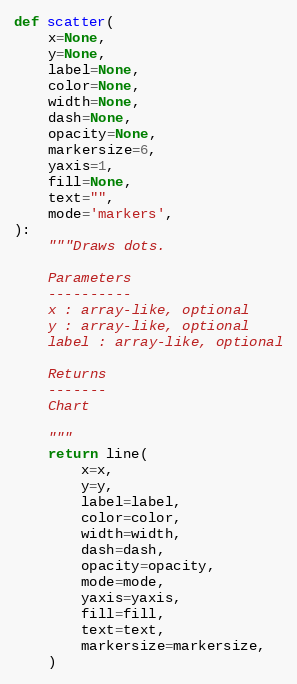
Language: Python
def scatter(
    x=None,
    y=None,
    label=None,
    color=None,
    width=None,
    dash=None,
    opacity=None,
    markersize=6,
    yaxis=1,
    fill=None,
    text="",
    mode='markers',
):
    """Draws dots.

    Parameters
    ----------
    x : array-like, optional
    y : array-like, optional
    label : array-like, optional

    Returns
    -------
    Chart

    """
    return line(
        x=x,
        y=y,
        label=label,
        color=color,
        width=width,
        dash=dash,
        opacity=opacity,
        mode=mode,
        yaxis=yaxis,
        fill=fill,
        text=text,
        markersize=markersize,
    )